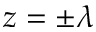
z = \pm \lambda